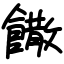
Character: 饊